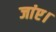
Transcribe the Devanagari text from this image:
जांए।